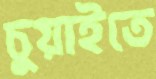
চুয়াইতে